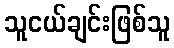
သူငယ်ချင်းဖြစ်သူ